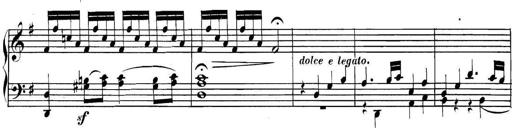
Title: Collected Piano Sonatas
Composer: Muzio Clementi